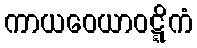
ကာယဝေယာဝဋ္ဋိကံ